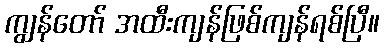
ကျွန်တော် အထီးကျန်ဖြစ်ကျန်ရစ်ပြီ။